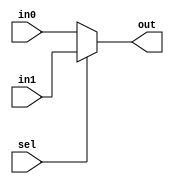
module selector (
    input wire sel,
    input wire in0,
    input wire in1,
    output wire out
);
    // 
    // sel - 
    //       in0 - 0
    //       in1 - 1
    // out - 

    //  sel 
    assign out = sel ? in1 : in0;
endmodule